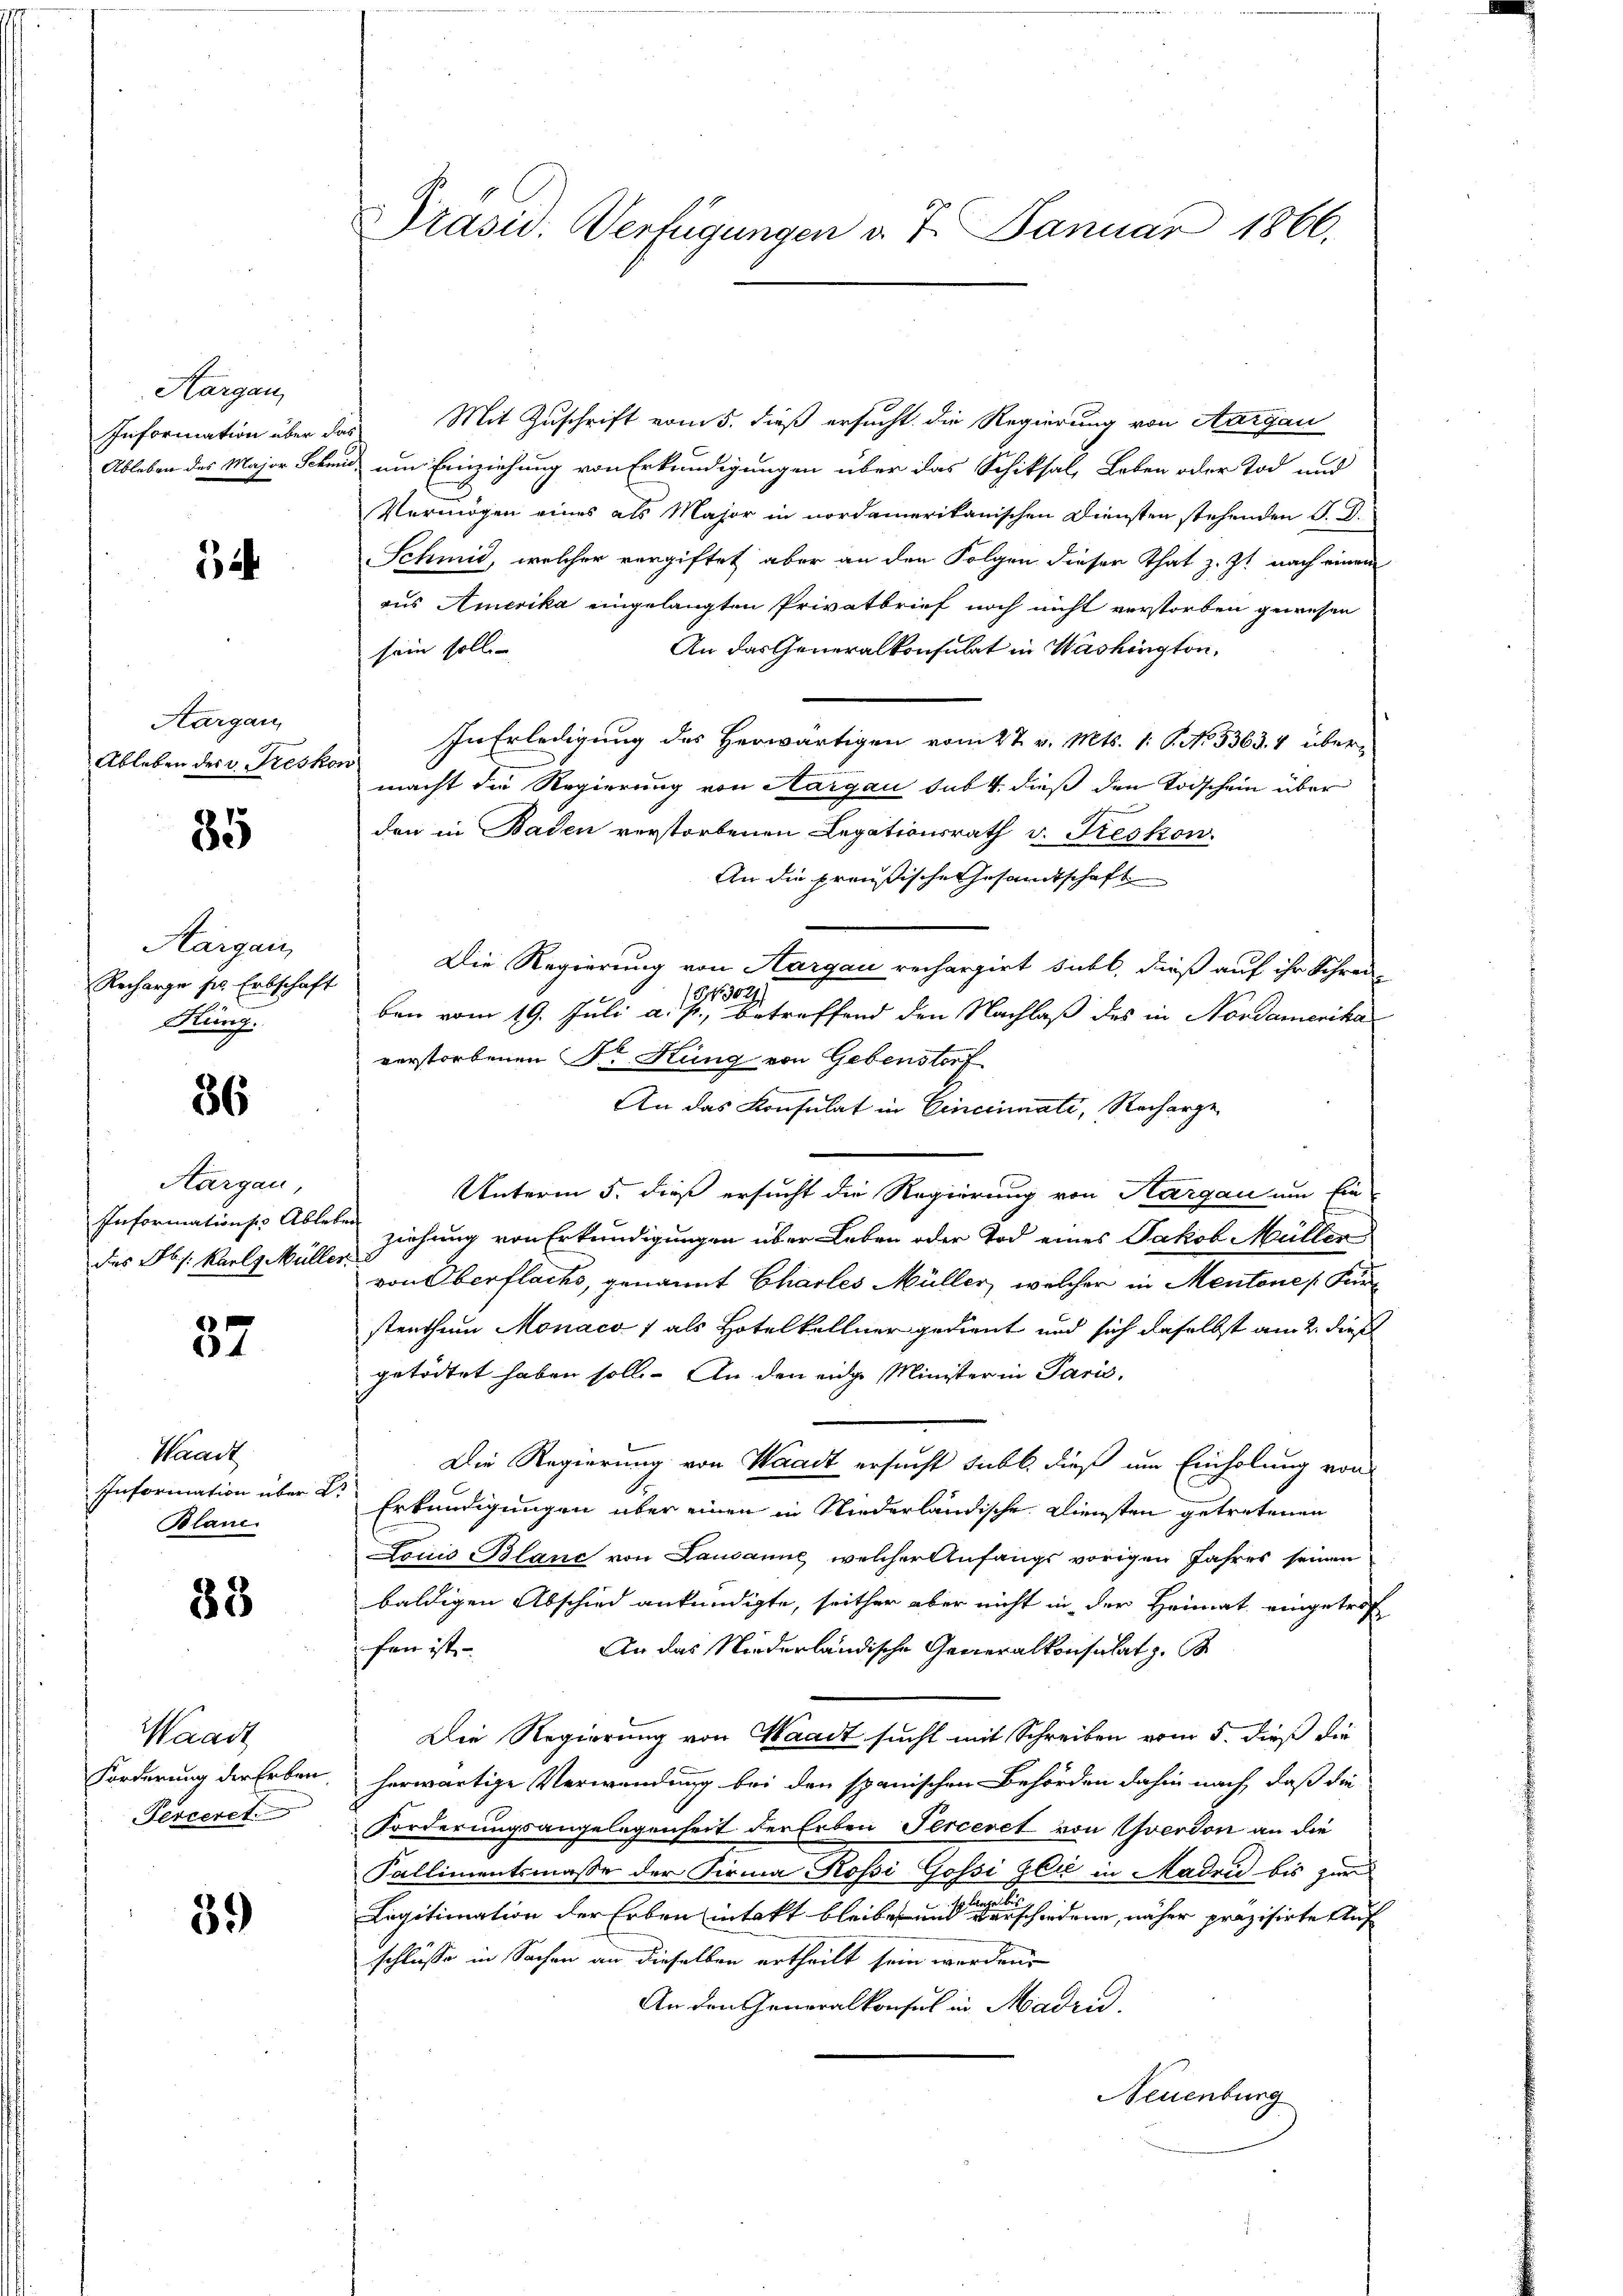
Hargau,
Information über das
Ableben des Major Schmid¬

¬

Aargau,
Ableben der v. Freskor

85

Aargau,
Recharge pr. Erbschaft
Hüng.

86

Aargau,
Informations Ableben
des Jb. s. Karl Müller.

57

Waadt
Information über 2.
Blanc

38

Waadt
Forderung der Erben
Perceret.

39

Prasis. Verfügungen v. 7. Januar 1866.

Mit Zuschrift vom 5. dieß ersucht die Regierung von Aargau
um Einziehung von Erkundigungen über das Schiksal, Leben oder Tod und
Vermögen eines als Major in nordamerikanischen Diensten stehenden J. D.
Schmid, welcher vergiftet aber an den Folgen dieser That z. Zt. nach einem
aus Amerika eingelangten Privatbrief noch nicht verstorben gewesen
An das Generalkonsulat in Washington,
sein solle
In Erledigung des Herwärtigen vom 27. v. Mts. 1. No. 5363. 4 übermacht die Regierung von Aargau das 4. dieß den Todschein über
den in Baden verstorbenen Legationsrath v. Freskon
An die preußische Gesandtschaft
Die Regierung von Aargau rechargirt sicht, dieß auf ihr Schrei-
1302),
ben vom 19. Juli a. p., betreffend den Nachlaß des in Nordamerika
verstorbenen Dr Hung von Gebenstorf
An das Konsulat in Cinciati, Recharge
Unterm 5. dieß ersucht die Regierung von Aargau um Ein
ziehung von Erkundigungen über Leben oder Tod eines Jakob Müller
von Oberflachs, genannt Charles Müller, welcher in Mentone Furstenthum Monaco 1 als Hotelkellner gedient und sich daselbst am 2. dieß
getödtet haben soll. An den eige Minister in Paris,
Die Regierung von Waadt ersucht subt dieß um Einholung von
Erkundigungen über einen in Niederländische Diensten getretenen
Louis Blanc von Lausanne, welcher Anfangs vorigen Jahres seinen
baldigen Abschied ankündigte, seither aber nicht in der Heimat eingetrof
fen ist
An das Niederländische Generalkonsulatz.
Die Regierung von Waadt sucht mit Schreiben vom 5. dieß die
herwärtige Verwendung bei den spanischen Behörden dahin nach, daß die
Forderungsangelegenheit der Erben Perceret von Yverdon an die
Kallimentsmasse der Firma Rossi Gossi gli in Madri bis zur
n
Legitimation der Erben intakt bleibe und verschiedene, näher präzisirte Auf
schlüsse in Sachen an dieselben ertheilt sein werden.
An den Generalkonsul in Madri
Neuenburg